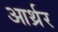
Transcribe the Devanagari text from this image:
आर्थ्रर